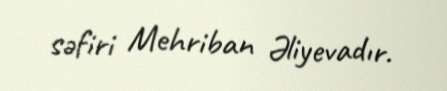
səfiri Mehriban Əliyevadır.